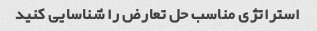
استراتژی مناسب حل تعارض را شناسایی کنید